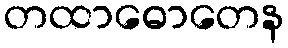
တထာဓောတေန